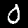
Digit: 0